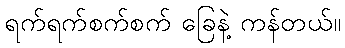
ရက်ရက်စက်စက် ခြေနဲ့ ကန်တယ်။